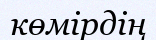
көмірдің